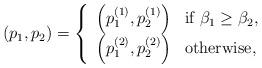
LaTeX: \begin{align*}\left( {{{p_1}},{{p_2}}} \right) =\left\{ \begin{array}{ll}\left( p_1^{(1)}, p_2^{(1)}\right)& \mathrm{if} \; {{{\beta _1}}} \ge {{{\beta _2}}}, \\\left( p_1^{(2)}, p_2^{(2)}\right)& \mathrm{otherwise},\end{array} \right.\end{align*}